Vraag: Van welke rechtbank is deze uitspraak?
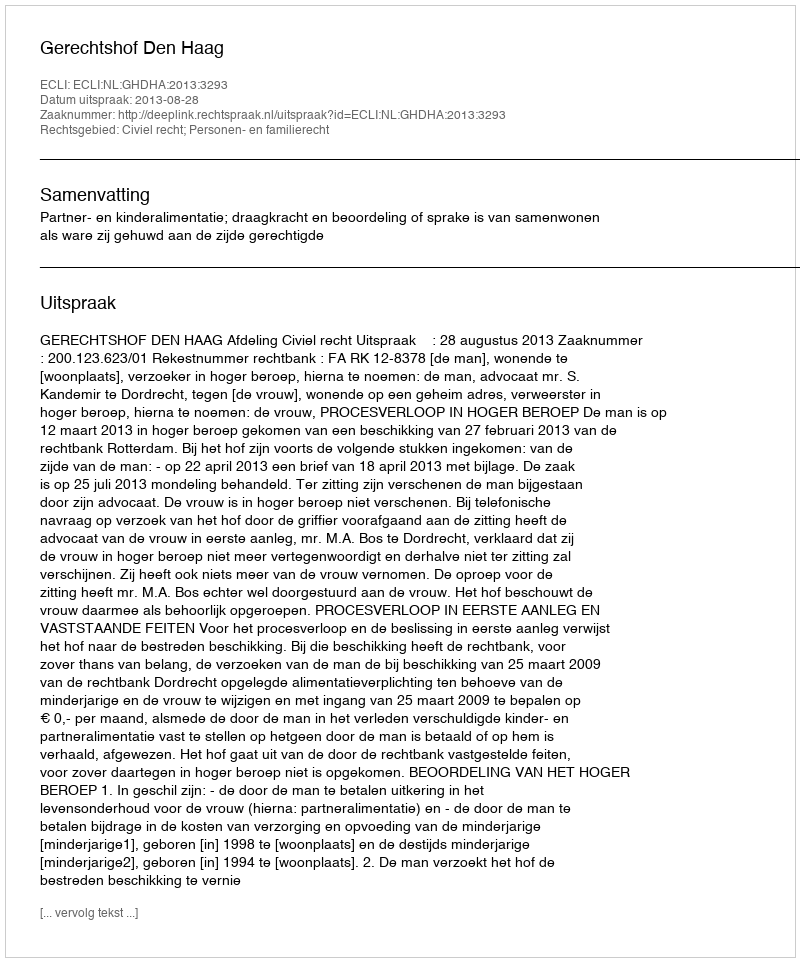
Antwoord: Gerechtshof Den Haag